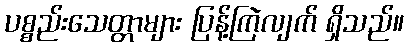
ပစ္စည်းသေတ္တာများ ပြန့်ကြဲလျက် ရှိသည်။